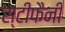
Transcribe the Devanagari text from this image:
स्टीफैनी